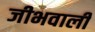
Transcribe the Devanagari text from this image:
जीभवाली